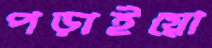
পড়াইয়ো